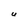
Character: U